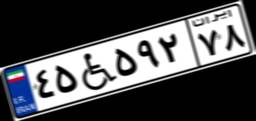
۴۵W۵۹۲۷۸